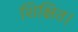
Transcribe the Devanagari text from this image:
शिक्षित।